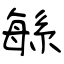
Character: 緐